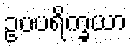
ဥပပရိက္ခယာ